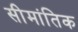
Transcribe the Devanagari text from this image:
सीमांतिक